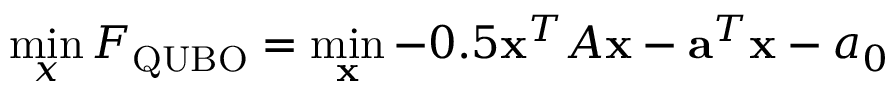
\operatorname* { m i n } _ { x } F _ { \mathrm { Q U B O } } = \operatorname* { m i n } _ { \bf x } - 0 . 5 { \bf x } ^ { T } A { \bf x } - { \bf a } ^ { T } { \bf x } - a _ { 0 }